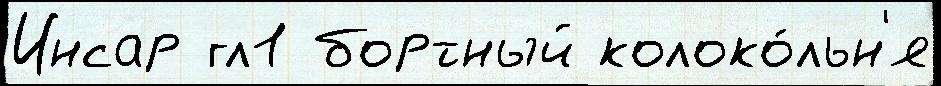
Инсар гл1 бортный колоко́льн'я